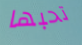
تحبها